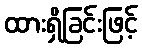
ထားရှိခြင်းဖြင့်